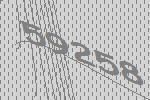
59258